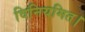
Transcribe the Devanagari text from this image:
विनियमित।